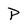
Character: P